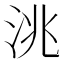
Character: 洮